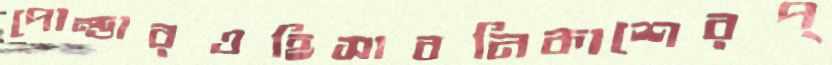
পোল্ডারওহিসাবনিকাশেরপ্